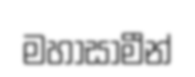
මහාසාමීන්